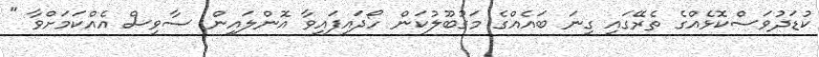
ކުޑަދުވަސްކޮޅެއްގެ ތެރޭގައި ގިނަ ބައެއްގެ މަގުބޫލުކަން ހޯދައިފައިވާ އޮންލައިން ސާވިސް އެއްކަމަށްވާ "